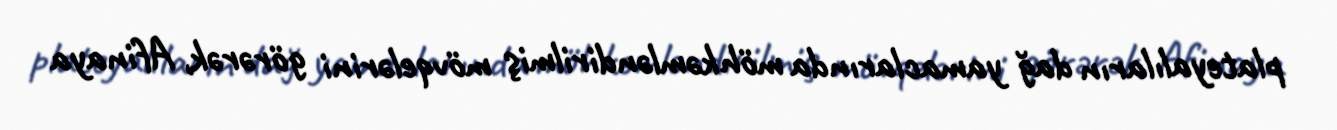
plateyalıların dağ yamaclarında möhkəmləndirilmiş mövqelərini görərək, Afinaya